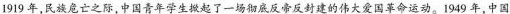
1919年，民族危亡之际，中国青年学生掀起了一场彻底反帝反封建的伟大爱国革命运动。1949年，中国